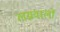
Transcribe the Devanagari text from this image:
लग्नवालों